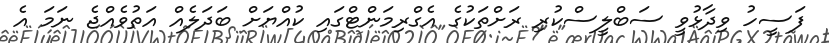
ފަސީހު ވިދާޅުވީ ސަބްލީސްކުރި ރަށްތަކުގެ އެގްރިމަންޓްގައި ކުއްޔަށް ބަދަލެއް އަތުވެއްޖެ ނަމަ އެ